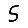
Digit: 5